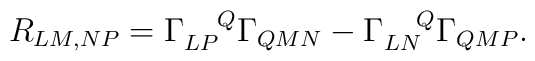
R_{LM,NP}=\Gamma_{LP}^{~~~Q}\Gamma_{QMN}-\Gamma_{LN}^{~~~Q}\Gamma_{QMP}.